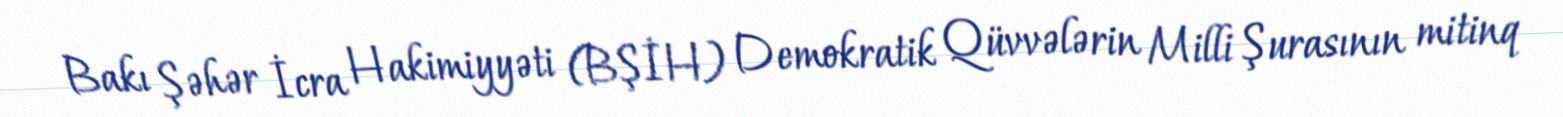
Bakı Şəhər İcra Hakimiyyəti (BŞİH) Demokratik Qüvvələrin Milli Şurasının mitinq